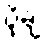
ပို့ချ